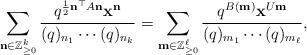
LaTeX: \begin{align*} \sum_{{\bf n} \in \mathbb{Z}^k_{\geq 0}} \frac{q^{ \frac12 {\bf n}^\top A {\bf n}} {\bf x}^{{\bf n}}}{(q)_{n_1} \cdots (q)_{n_k}}=\sum_{{\bf m} \in \mathbb{Z}^{\ell}_{\geq 0}} \frac{q^{B ({\bf m})} {\bf x}^{U{\bf m}}}{(q)_{m_1} \cdots (q)_{m_\ell}},\end{align*}